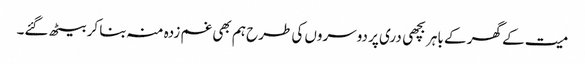
میت کے گھر کے باہر بچھی دری پر دوسروں کی طرح ہم بھی غم زدہ منہ بنا کر بیٹھ گئے۔